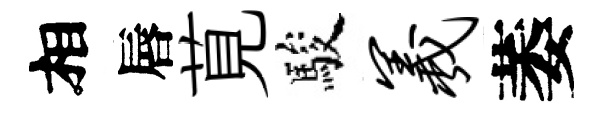
相唇莧駿羲萎